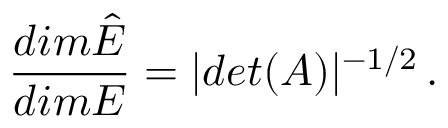
\frac { d i m \hat { E } } { d i m E } = | d e t ( A ) | ^ { - 1 / 2 } \, .